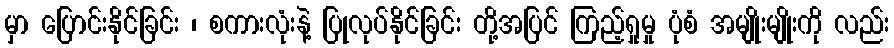
မှာ ပြောင်းနိုင်ခြင်း ၊ စကားလုံးနဲ့ ပြုလုပ်နိုင်ခြင်း တို့အပြင် ကြည့်ရှုမှု ပုံစံ အမျိုးမျိုးကို လည်း